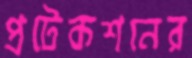
প্রটেকশনের